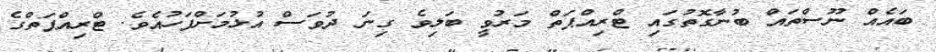
ބައެއް ނޫސްތައް ބުނާގޮތުގައި ޓްރިއްޕަތް މަރުވީ ބަލިވެ ގިނަ ދުވަސް އުޅުމަށްފަހުއެވެ. ޓްރިއްޕަތްގެ